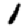
Digit: 1